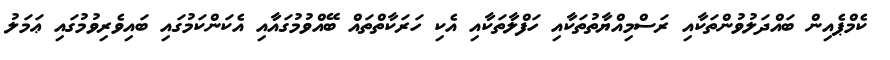
ކެމްޕެއިން ބައްދަލުވުންތަކާއި ރަސްމިއްޔާތުތަކާއި ހަފްލާތަކާއި އެކި ހަރަކާތްތައް ބޭއްވުމުގައާއި އެކަންކަމުގައި ބައިވެރިވުމުގައި ޢަމަލު